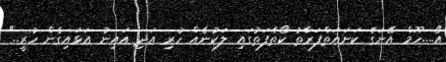
އޯ....ހޫމް އޭނަގެ ކަނައަތްފަރާތު ކޯތާފަތުގައި ލަކުނެއް ހުރި އަދި އައިނު އަޅައިގެން ހުރީ.."